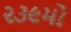
૨૩૯મો